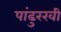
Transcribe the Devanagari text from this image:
पांढुरखी